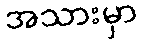
အသားမှာ